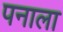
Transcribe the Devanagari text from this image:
पनाला